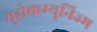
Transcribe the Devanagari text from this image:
युरोकम्युनिज्म